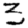
Digit: 3